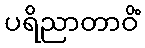
ပရိညာတာဝိံ